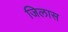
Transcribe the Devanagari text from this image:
जिलास